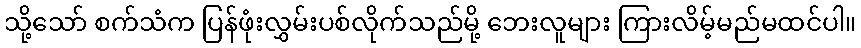
သို့သော် စက်သံက ပြန်ဖုံးလွှမ်းပစ်လိုက်သည်မို့ ဘေးလူများ ကြားလိမ့်မည်မထင်ပါ။